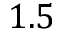
1 . 5